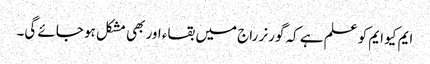
ایم کیو ایم کو علم ہے کہ گورنر راج میں بقاء اور بھی مشکل ہو جائے گی۔